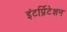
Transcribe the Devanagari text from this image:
इंटर्प्रिटेशन